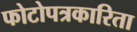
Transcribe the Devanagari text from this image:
फोटोपत्रकारिता